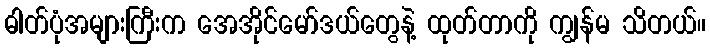
ဓါတ်ပုံအများကြီးက အေအိုင်မော်ဒယ်တွေနဲ့ ထုတ်တာကို ကျွန်မ သိတယ်။